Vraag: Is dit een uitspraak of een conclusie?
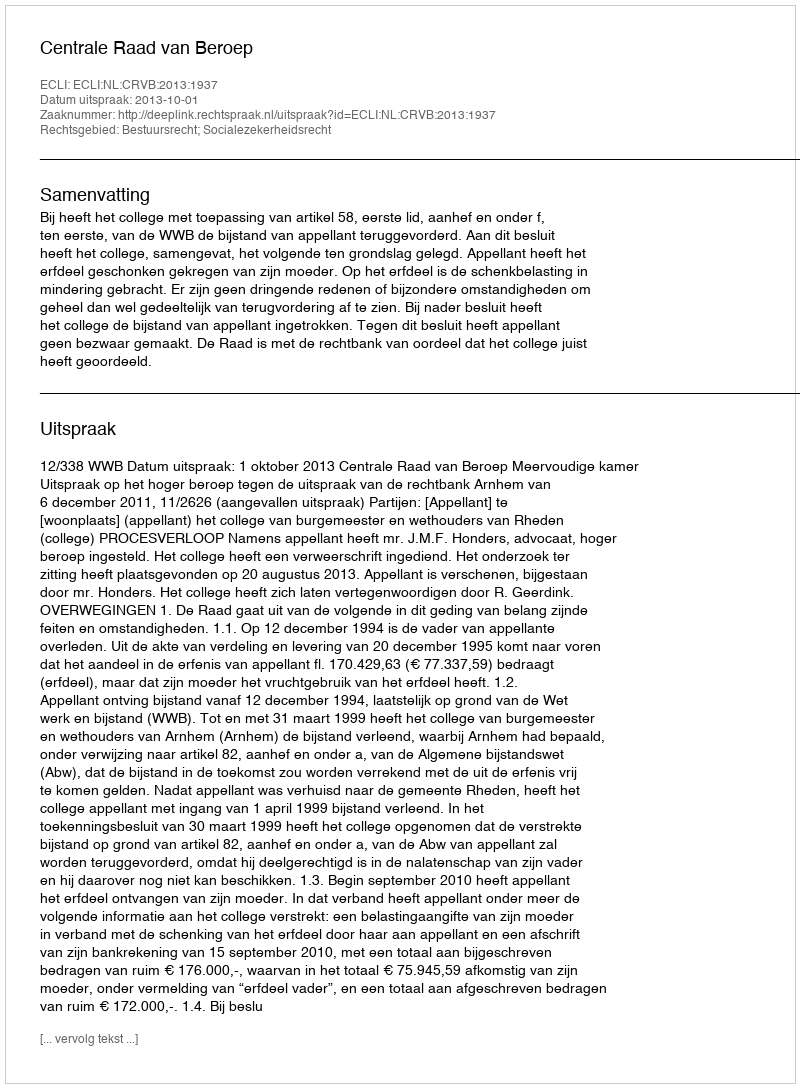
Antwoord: Uitspraak